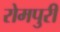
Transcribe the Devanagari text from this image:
रोमपुरी